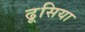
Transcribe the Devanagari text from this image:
ढूसिया